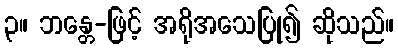
၃။ ဘန္တေ-ဖြင့် အရိုအသေပြု၍ ဆိုသည်။